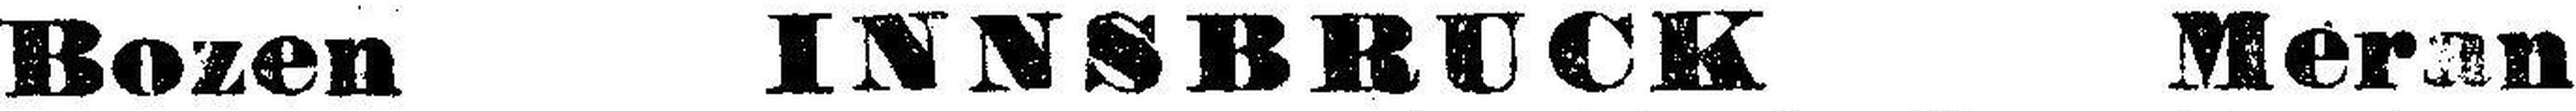
Bozen INNSBRUCK Meran